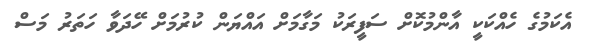
އެކަމުގެ ހެއްކަކީ އާންމުކޮށް ސަފީރަކު މަގާމަށް އައްޔަން ކުރުމަށް ހޭދަވާ ހަތަރު މަސް